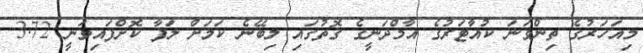
މިއަހަރުގެ ތިންވަނަ ކުއާޓަރުގެ އާމްދަނީގެ ގޮތުގައި ލިބޭނެ ކަމަށް ލަފާ ކޮށްފައިވަނީ 3.72